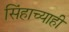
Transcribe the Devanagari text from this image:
सिंहाच्याही